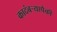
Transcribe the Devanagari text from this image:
कादंबऱ्यापैकी